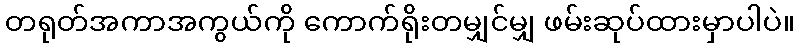
တရုတ်အကာအကွယ်ကို ကောက်ရိုးတမျှင်မျှ ဖမ်းဆုပ်ထားမှာပါပဲ။